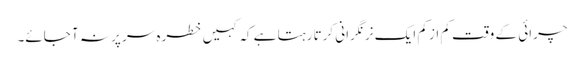
چرائی کے وقت کم از کم ایک نر نگرانی کرتا رہتا ہے کہ کہیں خطرہ سر پر نہ آ جائے۔